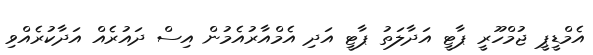
އެމްޑީޕީ ޖުމްހޫރީ ޕާޓީ އަދާލަތު ޕާޓީ އަދި އެމްއާރުއެމުން އިސް ދައުރެއް އަދާކުރެއްވި